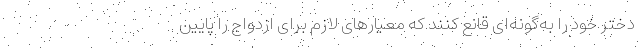
دختر خود را به‌گونه‌ای قانع کنند که معیارهای لازم برای ازدواج را پایین